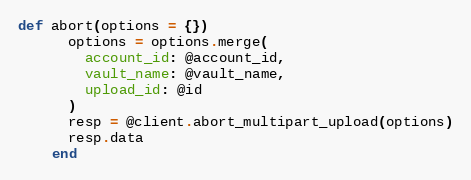
Language: Ruby
def abort(options = {})
      options = options.merge(
        account_id: @account_id,
        vault_name: @vault_name,
        upload_id: @id
      )
      resp = @client.abort_multipart_upload(options)
      resp.data
    end